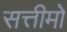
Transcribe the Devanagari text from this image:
सत्तीमो